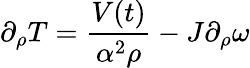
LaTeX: \partial_{\rho}T=\frac{V(t)}{\alpha^{2}\rho}-J\partial_{\rho}\omega